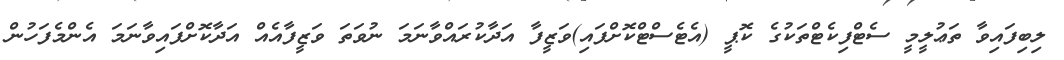
ލިބިފައިވާ ތަޢުލީމީ ސެޓްފިކެޓްތަކުގެ ކޮޕީ (އެޓެސްޓްކޮށްފައި)ވަޒީފާ އަދާކުރައްވާނަމަ ނުވަތަ ވަޒީފާއެއް އަދާކޮށްފައިވާނަމަ އެންމެފަހުން